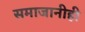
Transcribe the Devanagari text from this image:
समाजानीही